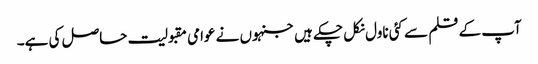
آپ کے قلم سے کئی ناول نکل چکے ہیں جنہوں نے عوامی مقبولیت حاصل کی ہے۔